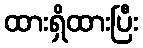
ထားရှိထားပြီး